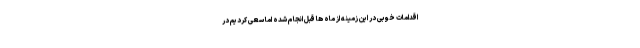
اقدامات خوبی در این زمینه از ماه ها قبل انجام شده اما سعی کردیم در